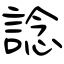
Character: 諗